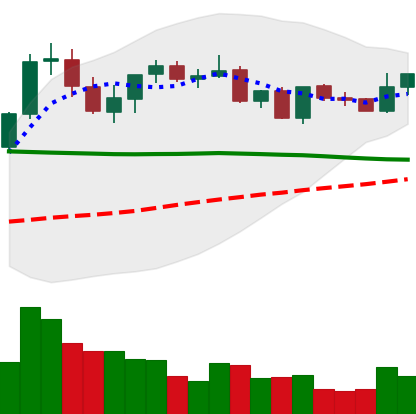
Ticker: XRP-USD
Chart end date: 2021-09-01
Forward return: 12.513%
Label: up_7plus